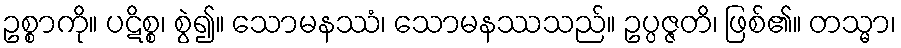
ဥစ္စာကို။ ပဋိစ္စ၊ စွဲ၍။ သောမနဿံ၊ သောမနဿသည်။ ဥပ္ပဇ္ဇတိ၊ ဖြစ်၏။ တသ္မာ၊